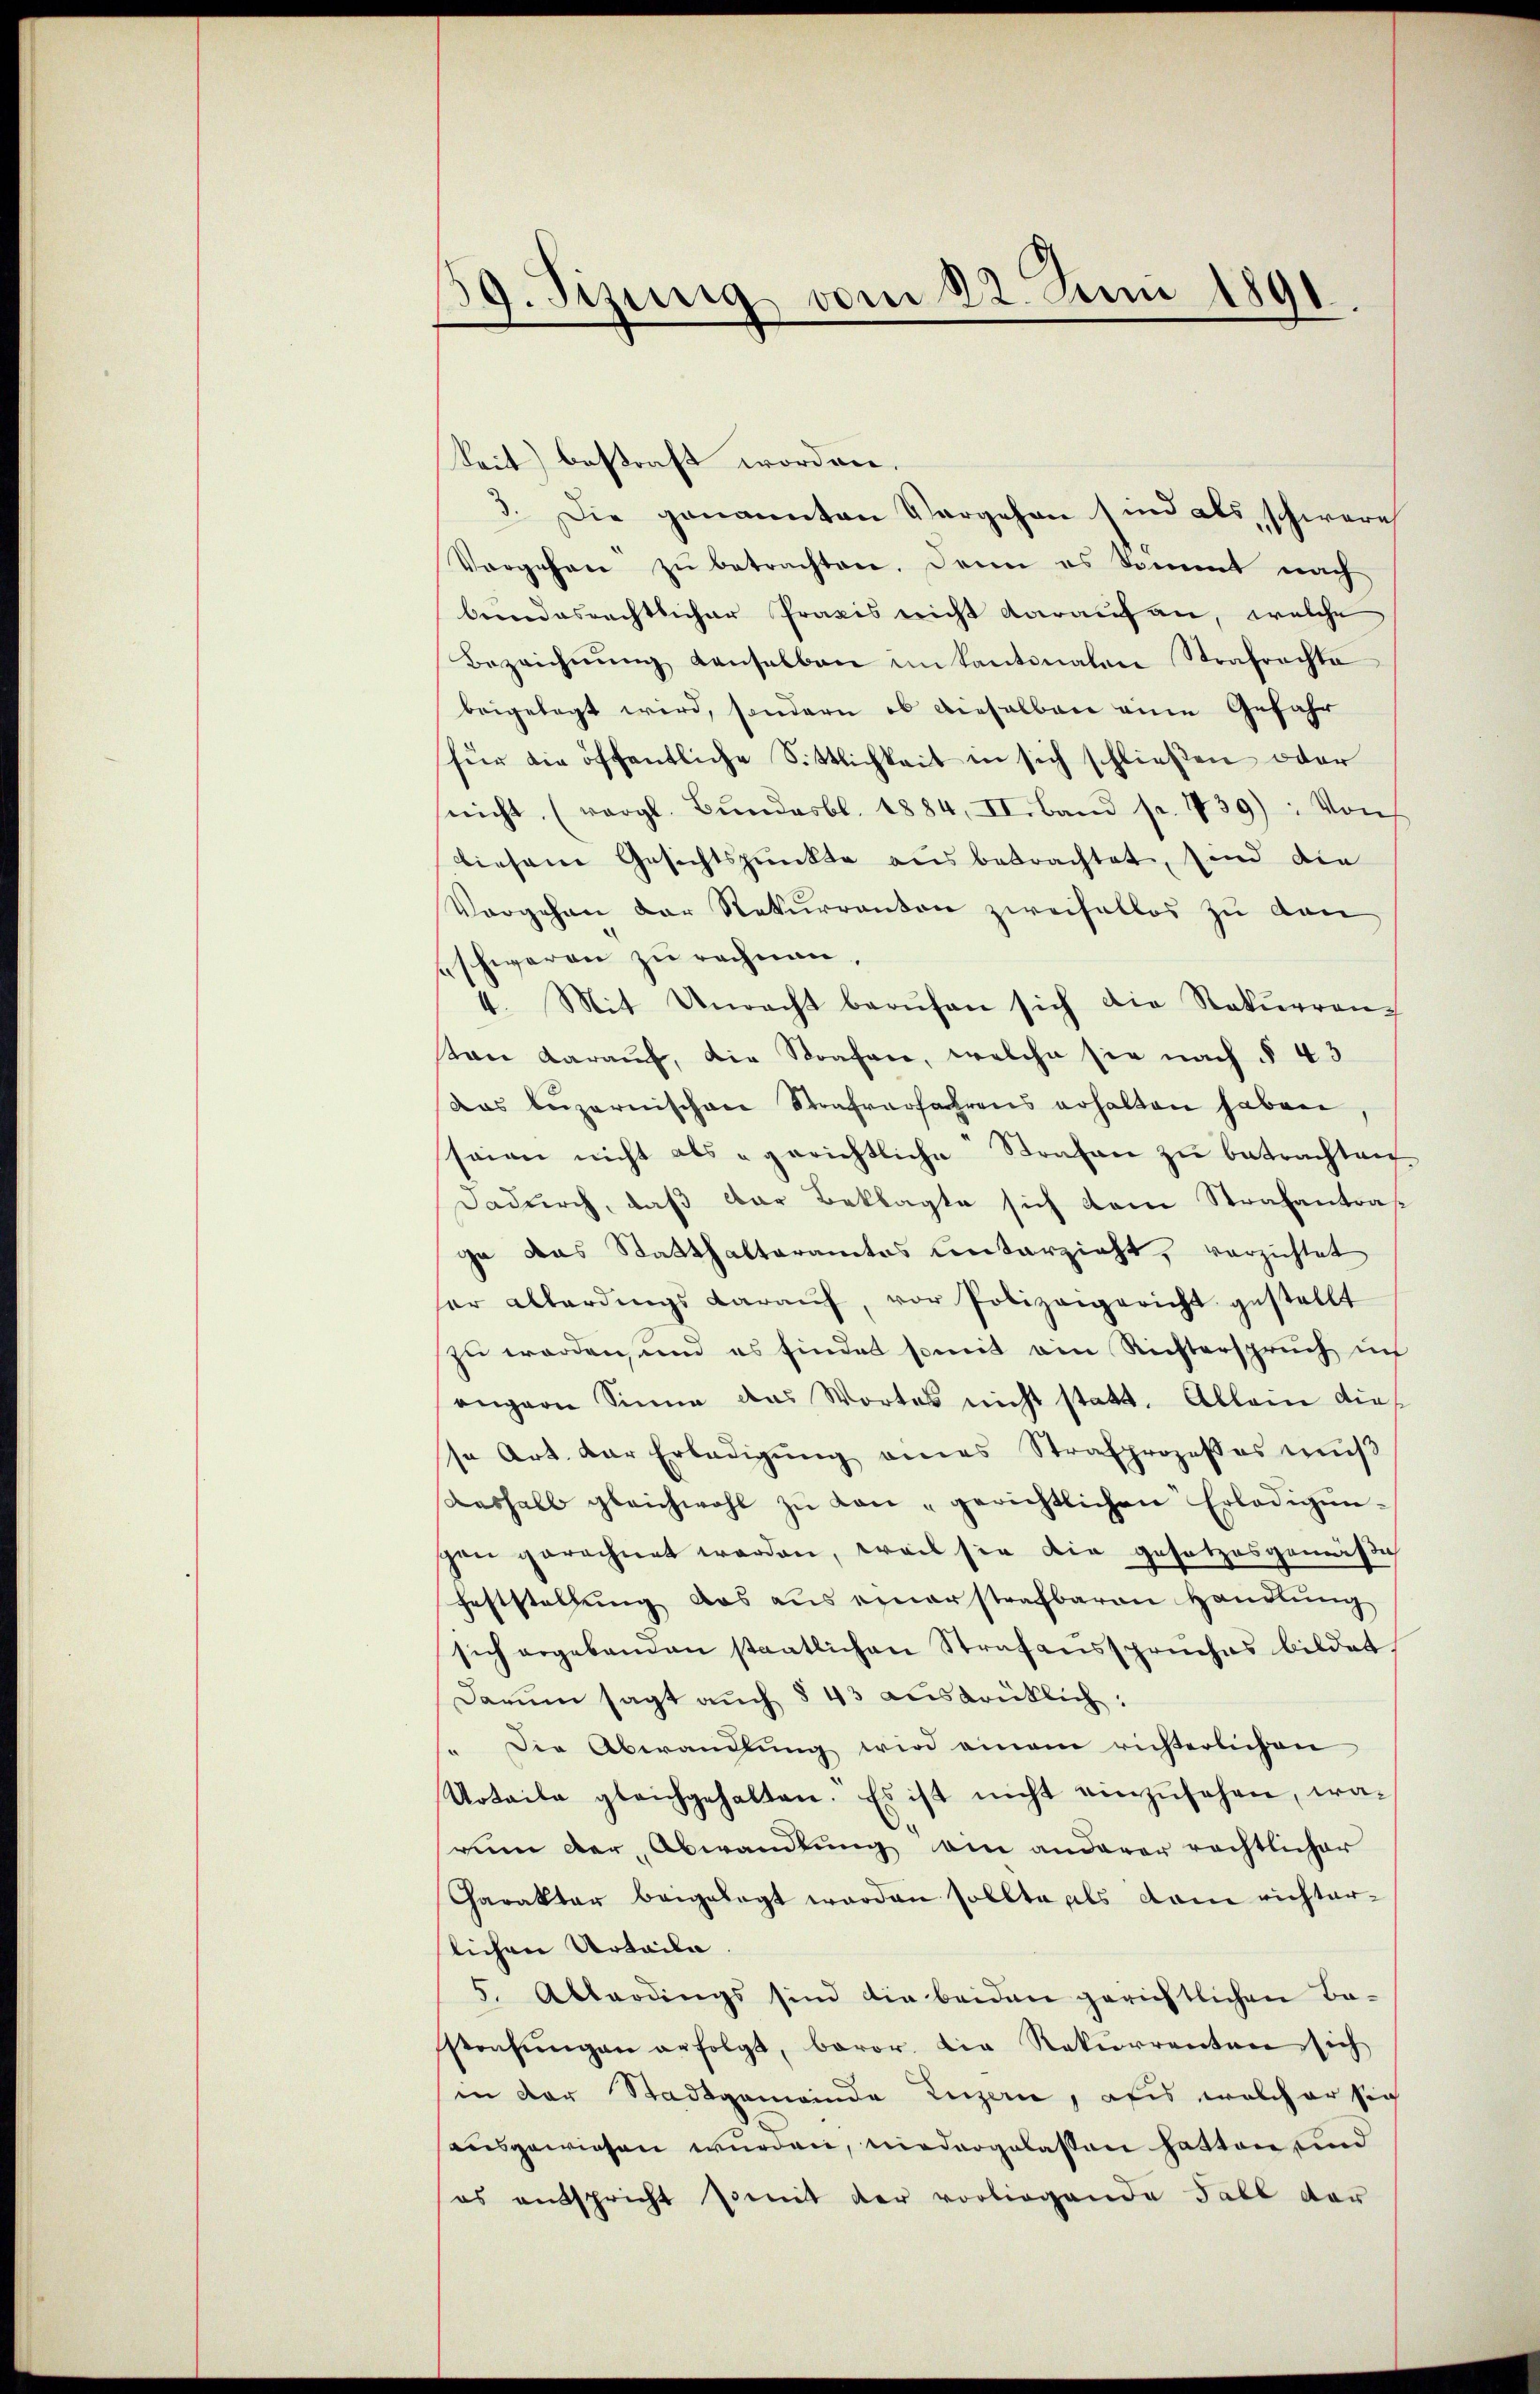
19. Sizung vom 22. Juni 1891.

eit) bestraft worden.
3. Die genannten Vorgehen sind als schwere
Vorgehen zŭ betrachten. Denn es kommt nach
bendesrechtlicher Praxis nicht darauf an, welche
Bezeichnŭng denselben in kantonalen Strafrachte
beigelegt wird, sondern ob dieselben eine Gefahr
für die öffentliche Sittlichkeit in sich schlieβen oder
nicht. (vergl. Bŭndesbl. 1884, II. Band pr. 139): Von
diesene Gesichtspunkte aus betrachtet, sind die
Vorgehen der Rekurranton zweifellos zu den
schweren zu rechnen,
4. Mit Unrecht berŭfen sich die Rekŭrrenz
tan darauf, die Strafen, welche sie nach § 43
das beizernischen Strafverfahrens erhalten haben,
seien nicht als gerichtliche Strafen zu betrachtrech
Dadurch, daß der Beklagte sich dem Strafantras
ge das Statthalteramtes Unterzieht, verzichtet
ser allerdings daraŭf, vor Polizeigericht gestellt
zu worden, und es findet somit am Richterspruch in
engern Sinne das Wortes nicht statt. Allein dies
so Art. der Erledigŭng eines Strafprozesses muß
aashalb gleichwohl zu Lon - gerichtlichen Erledigunpree gerechnet worden, weil sie die gesetzes gemässig
feststellŭng das aus einerstrafbaren Handlŭng
sich ergebenden staatlichen Strafausspruches bildet.
Darum sagt auch § 43 ausdrüklich:
" Die Abwandlŭng wird einem richterlichen
Urtaile gleichgehalten. Es ist nicht einzŭsehen, wad
vum der Abwandlung am anderer rechtlicher
Charakter beigelegt worden sollte als dem richterlichen Urteile
5. Abbardings sind die beiden gerichtlichen Be-
sstrafŭngen erfolgt, baror. die Rekurrenten sich
in der Stadtgemeinde Luzern, als welcher sich
ausgewiesen wurden, niedergelassen hatten und
es entspricht somit der vorliegende Fall der